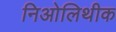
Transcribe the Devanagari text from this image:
निओलिथीक